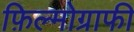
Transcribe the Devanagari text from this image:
फ़िल्मोग्राफी